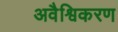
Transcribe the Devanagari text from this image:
अवैश्विकरण